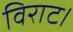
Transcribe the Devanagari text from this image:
विराट।